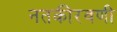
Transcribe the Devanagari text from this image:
नतकीरवणी